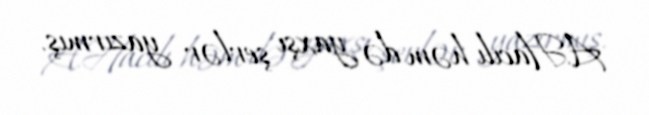
A.Hacılı həm də yaxşı şerlər yazırmış.